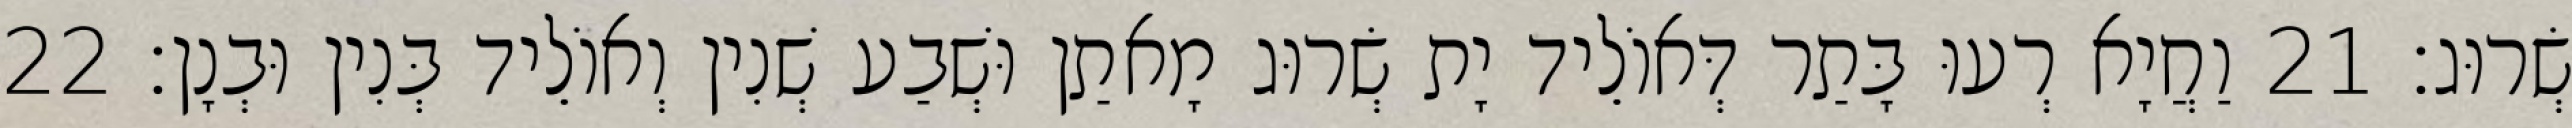
שְׂרוּג׃ 21 וַחֲיָא רְעוּ בָּתַר דְּאוֹלֵיד יָת שְׂרוּג מָאתַן וּשְׁבַע שְׁנִין וְאוֹלֵיד בְּנִין וּבְנָן׃ 22